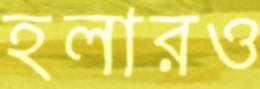
হলারও